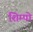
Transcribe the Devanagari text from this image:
शिम्पो